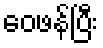
ဝေဖန်ပြီး